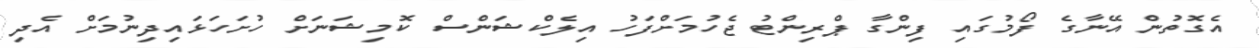
އެގޮތުން އޭނާގެ ފޯމުގައި ފިންގާ ޕްރިންޓު ޖެހުމަށްފަހު އިލެކްޝަންސް ކޮމިޝަނަށް ހުށަހަޅައިދިނުމަށް އެދި